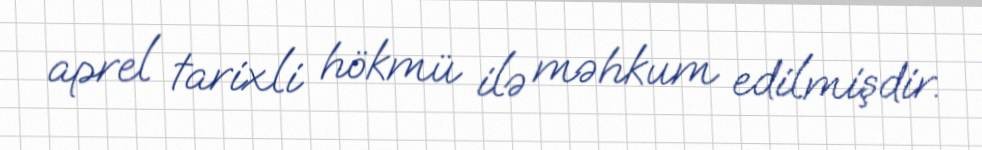
aprel tarixli hökmü ilə məhkum edilmişdir.